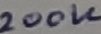
Text: 200K